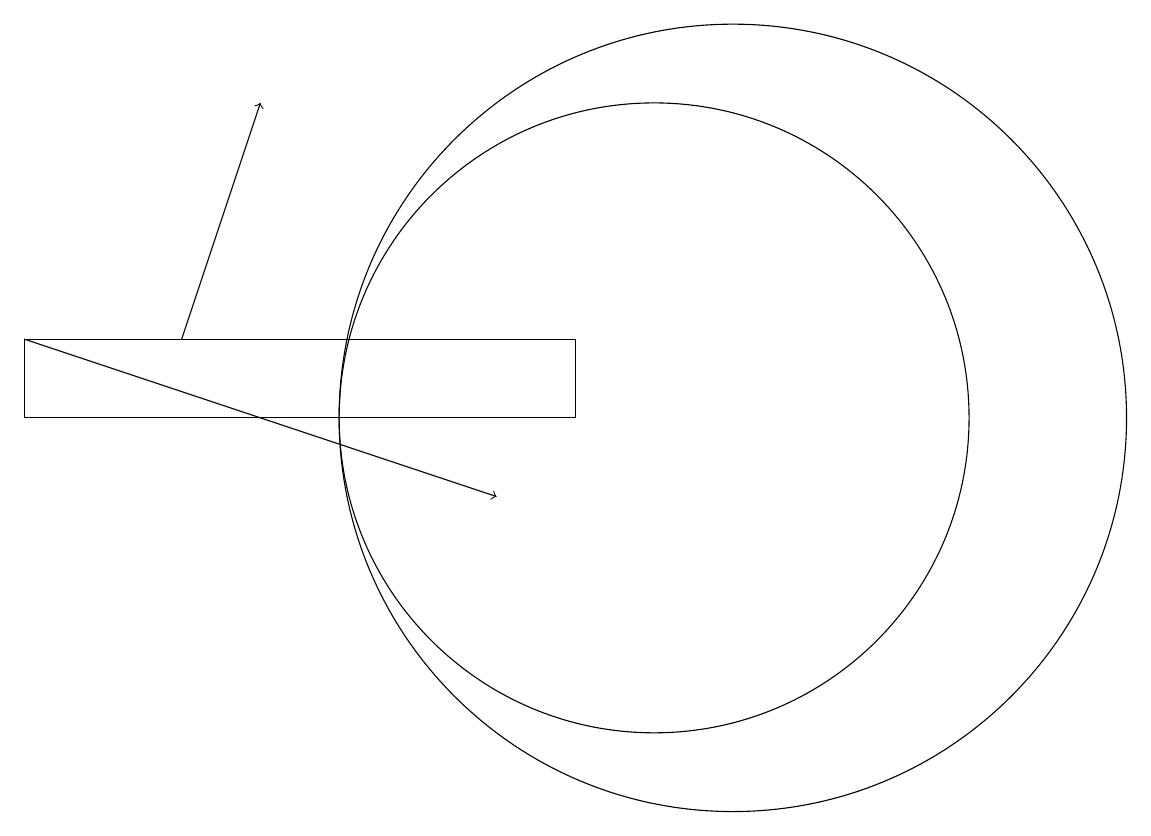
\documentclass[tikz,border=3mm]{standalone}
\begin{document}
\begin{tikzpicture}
\draw (11,12) circle (5);
\draw[->] (2,13) -- (8,11);
\draw[->] (4,13) -- (5,16);
\draw (2,12) rectangle (9,13);
\draw (10,12) circle (4);
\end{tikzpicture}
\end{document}